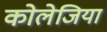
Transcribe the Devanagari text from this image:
कोलेजिया